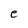
Character: e